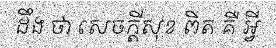
ដឹង ថា សេចក្តីសុខ ពិត គឺ អ្វី